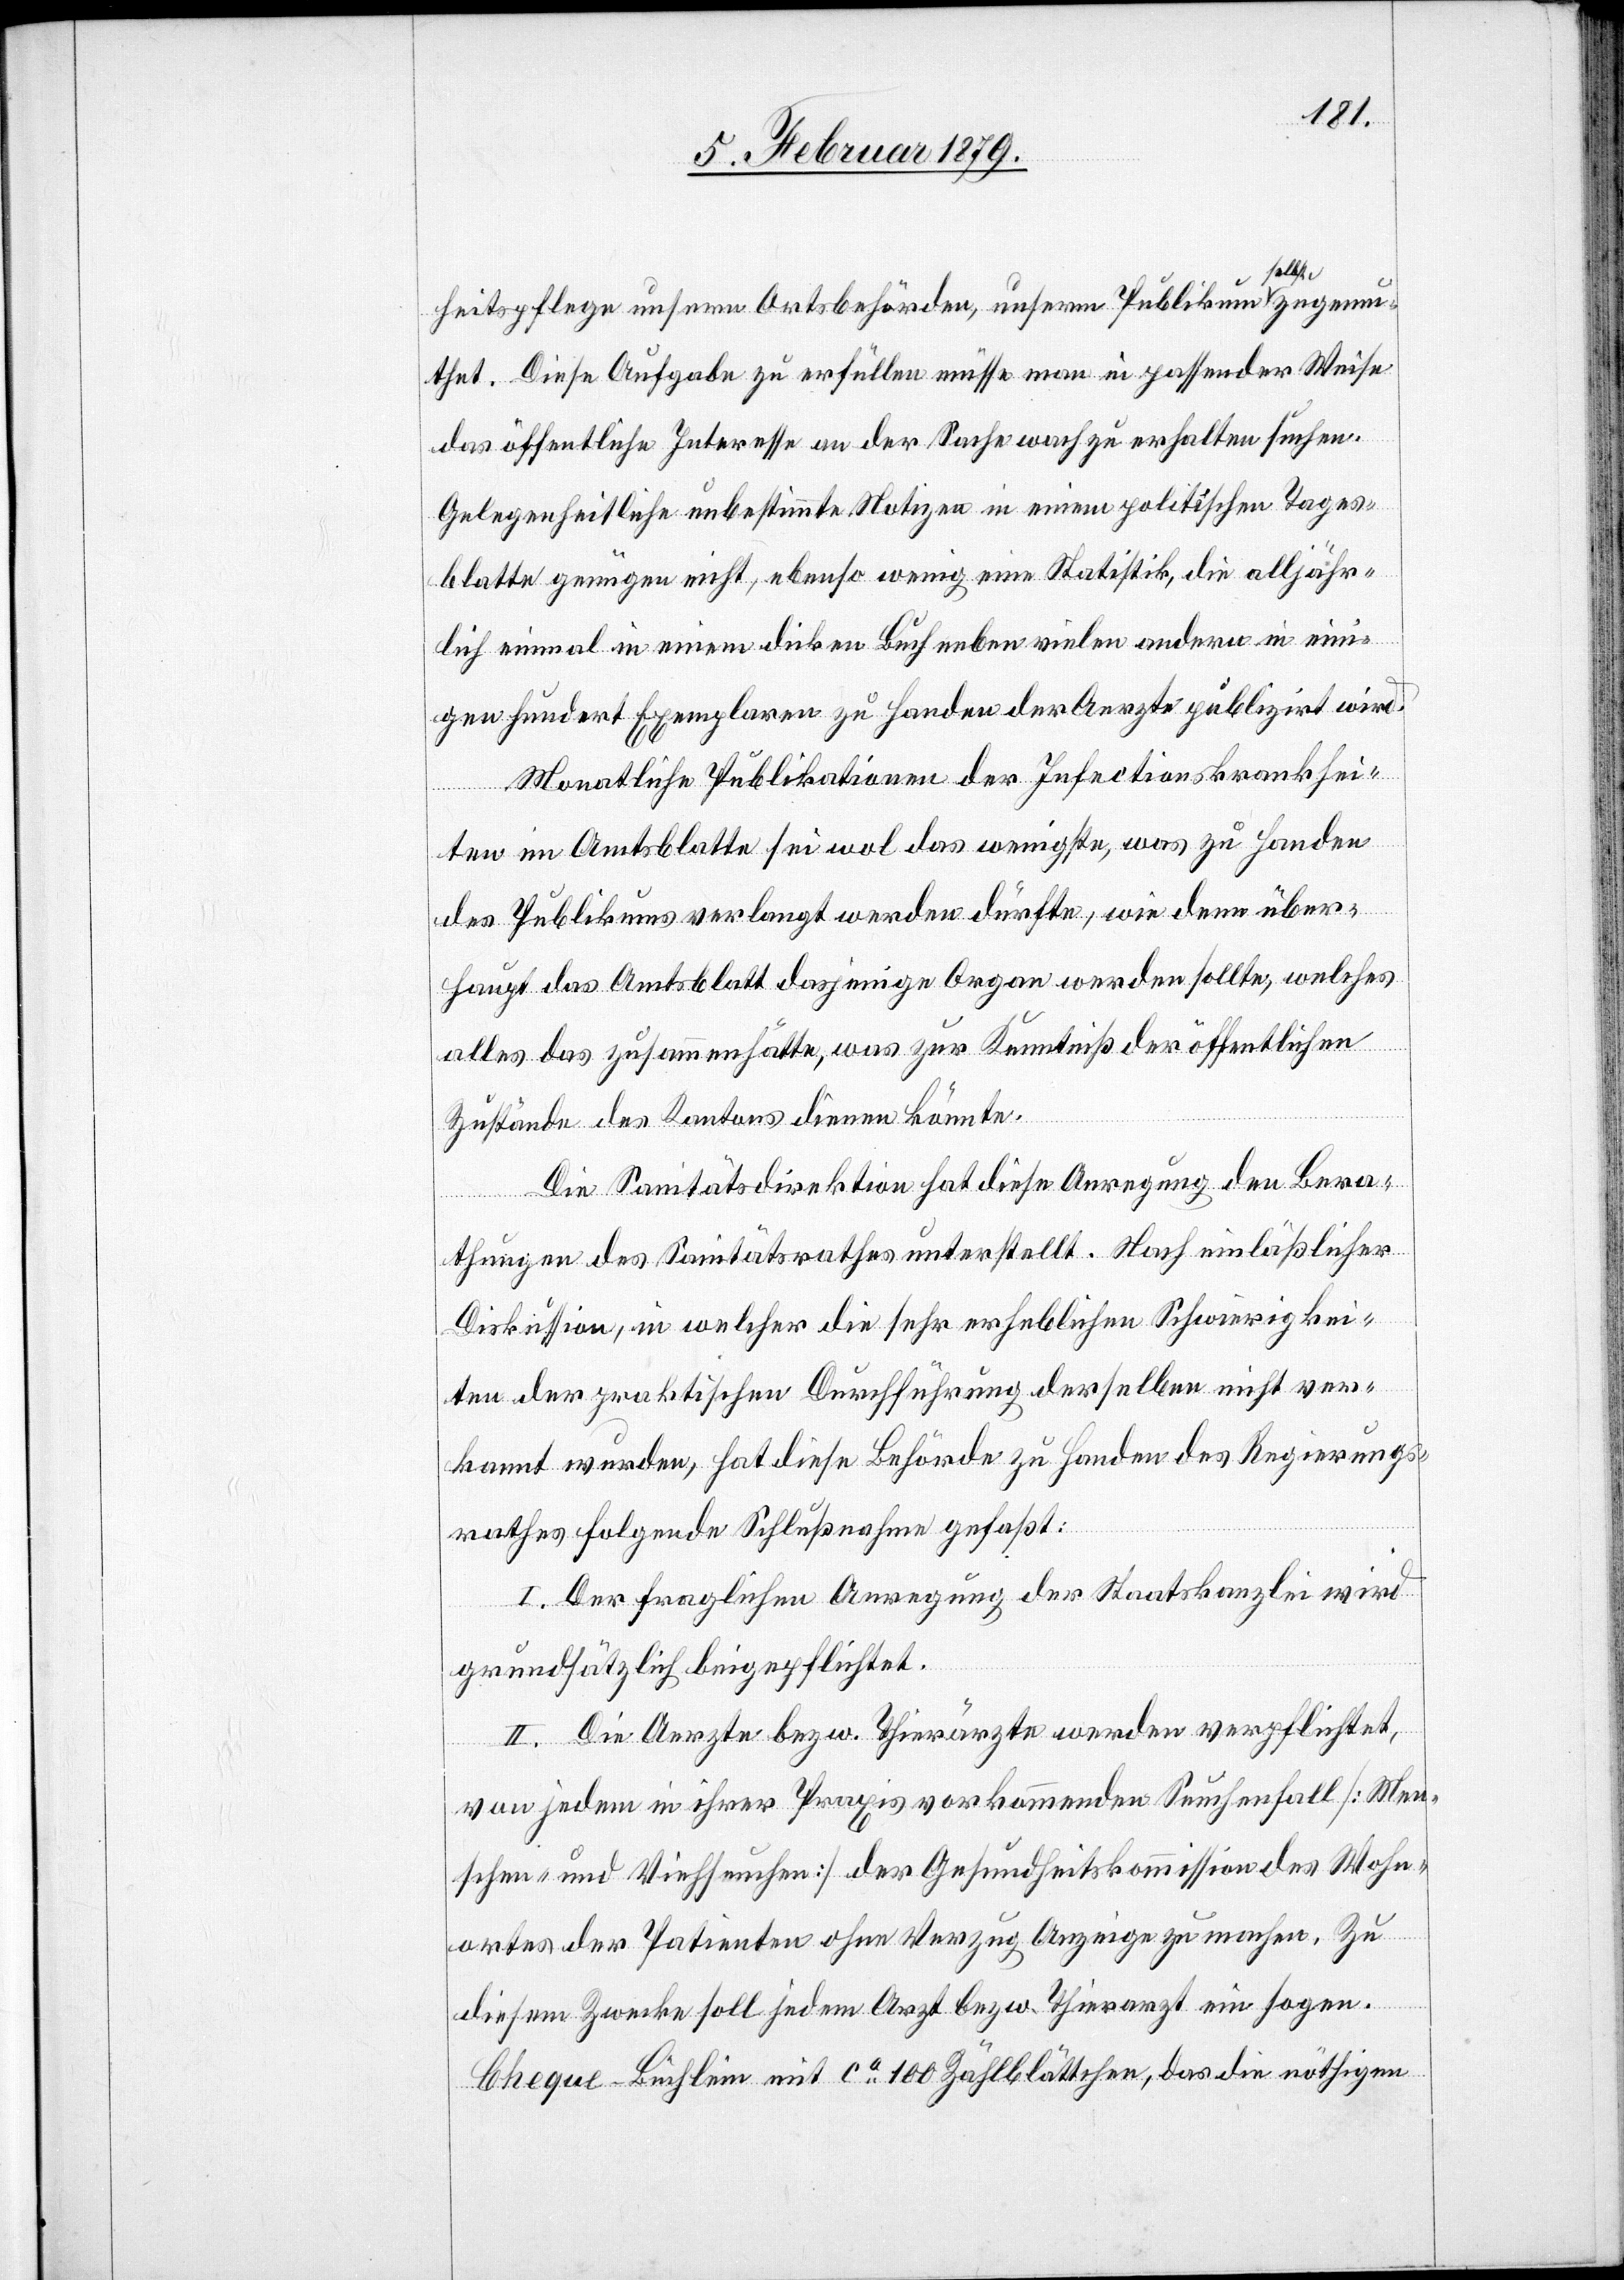
lbst-a
heitspflege unsern Ortsbehörden, unserm Publikum a-se¬
thet. Diese Aufgabe zu erfüllen müsse man in passender Weise
das öffentliche Interesse an der Sache wach zu erhalten suchen.
Gelegenheitliche unbestimmte Notizen in einem politischen Tages¬
blatte genügen nicht, ebenso wenig eine Statistik, die alljähr¬
lich einmal in einem dicken Buch neben vielen andern in eini¬
gen Hundert Exemplaren zu Handen der Aerzte publizirt wird.
Monatliche Publikationen der Infectionskrankhei¬
ichen
ten im Amtsblatte sei wol das wenigste, was zu Handen
des Publikums verlangt werden dürfte, wie denn über¬
haupt das Amtsblatt dasjenige Organ werden sollte, welches
Zustände des Kantons dienen könnte.
Die Sanitätsdirektion hat diese Anregung den Bera¬
der öffentl¬
thungen des Sanitätsrathes unterstellt. Nach einläßlicher
Diskussion, in welcher die sehr erheblichen Schwierigkei¬
ten der praktischen Durchführung derselben nicht ver¬
kannt wurden, hat diese Behörde zu Handen des Regierungs¬
rathes folgende Schlußnahme gefaßt:
I. Der fraglichen Anregung der Staatskanzlei wird
grundsätzlich beigepflichtet.
II. Die Aerzte bezw. Thierärzte werden verpflichtet,
zur
von jedem in ihrer Praxis vorkommenden Seuchenfall [Men¬
schen- und Viehseuchen] der Gesundheitskommission des Wohn¬
ortes der Patienten ohne Verzug Anzeige zu machen. Zu
diesem Zwecke soll jedem Arzt bezw. Thierarzt ein sogen.
Cheque-Büchlein mit ca 100 Zählblättchen, das die nöthigen